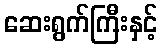
ဆေးရွက်ကြီးနှင့်